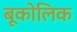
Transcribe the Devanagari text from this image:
बूकोलिक